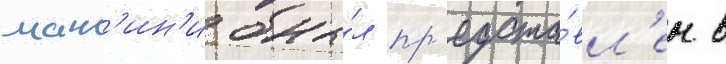
манс'ин'и бы́л пр'едста́вл'ен в